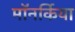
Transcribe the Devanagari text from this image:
मॉनर्किया